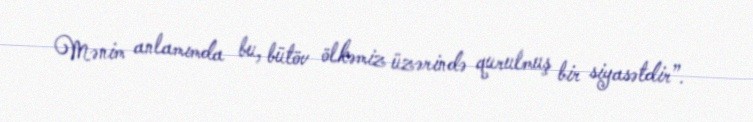
Mənim anlamımda bu, bütöv ölkəmiz üzərində qurulmuş bir siyasətdir”.